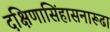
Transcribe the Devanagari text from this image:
दक्षिणासिंहासनारूढा